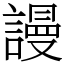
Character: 謾